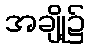
အချို့၌